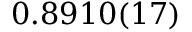
0 . 8 9 1 0 ( 1 7 )